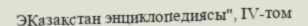
ЭҚазақстан энциклопедиясы", ІV-том